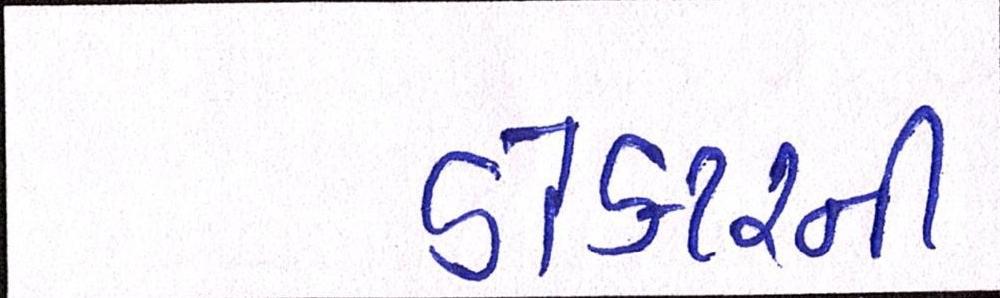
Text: ડોકટરની